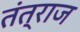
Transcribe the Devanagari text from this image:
तंत्राज